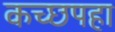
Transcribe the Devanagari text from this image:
कच्छपहा